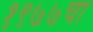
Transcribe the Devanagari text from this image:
१९७७चा